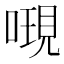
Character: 𠻷